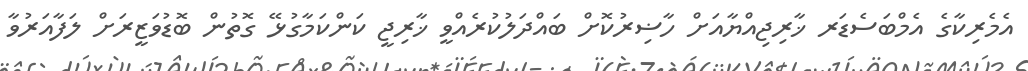
އެމެރިކާގެ އެމްބަސެޑަރ ޚާރިޖިއްޔާއަށް ހާޟިރުކޮށް ބައްދަލުކުރެއްވީ ޚާރިޖީ ކަންކަމާގުޅޭ ގޮތުން ބޮޑުވަޒީރަށް ލަފާއަރުވާ